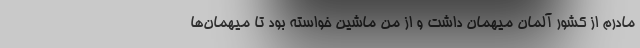
مادرم از کشور آلمان میهمان داشت و از من ماشین خواسته بود تا میهمان‌ها